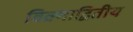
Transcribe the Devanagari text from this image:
विक्र्माद्वितीय